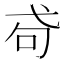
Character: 𢎅